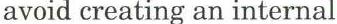
avoid creating an internal